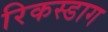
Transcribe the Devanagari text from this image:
रिकस्डाग